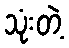
သုံးတဲ့